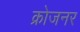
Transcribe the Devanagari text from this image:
क्रोजनर